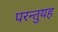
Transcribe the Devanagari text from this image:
परन्तुयह